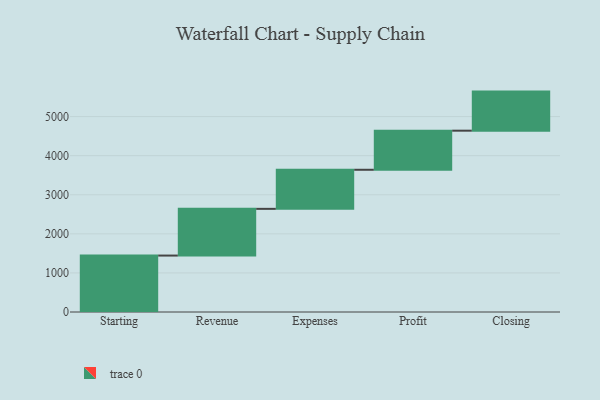
{"axis": {"x": "Step", "y": "Value"}, "legend": [""], "data": [{"x": "Starting", "y": 1444.0, "type": ""}, {"x": "Revenue", "y": 1195.0, "type": ""}, {"x": "Expenses", "y": 1000, "type": ""}, {"x": "Profit", "y": 1000, "type": ""}, {"x": "Closing", "y": 1000, "type": ""}]}